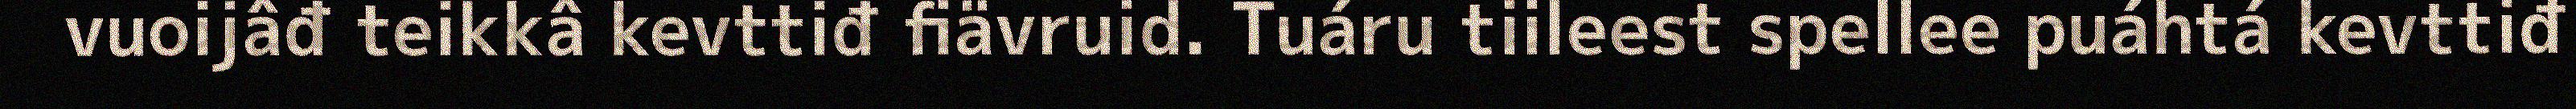
vuoijâđ teikkâ kevttiđ fiävruid. Tuáru tiileest spellee puáhtá kevttiđ